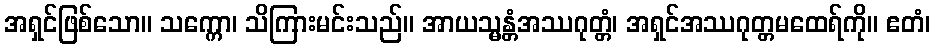
အရှင်ဖြစ်သော။ သက္ကော၊ သိကြားမင်းသည်။ အာယသ္မန္တံအဿဂုတ္တံ၊ အရှင်အဿဂုတ္တမထေရ်ကို။ ဧတံ၊